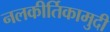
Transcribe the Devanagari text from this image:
नलकीर्तिकामुदी